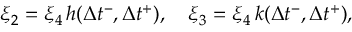
\xi _ { 2 } = \xi _ { 4 } \, h ( \Delta { t } ^ { - } , \Delta { t } ^ { + } ) , \quad \xi _ { 3 } = \xi _ { 4 } \, k ( \Delta { t } ^ { - } , \Delta { t } ^ { + } ) ,